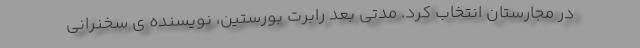
در مجارستان انتخاب کرد. مدتی بعد رابرت بورستین، نویسنده ی سخنرانی